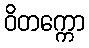
ဝိတက္ကော